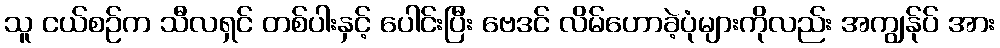
သူ ငယ်စဉ်က သီလရှင် တစ်ပါးနှင့် ပေါင်းပြီး ဗေဒင် လိမ်ဟောခဲ့ပုံများကိုလည်း အကျွန်ုပ် အား